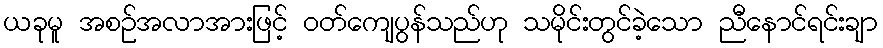
ယခုမူ အစဉ်အလာအားဖြင့် ဝတ်ကျေပွန်သည်ဟု သမိုင်းတွင်ခဲ့သော ညီနောင်ရင်းချာ